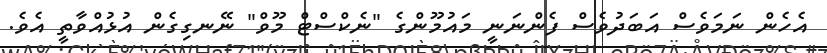
އެހެން ނަމަވެސް އަބަދުވެސް ފެންނަނީ މައުމޫންގެ "ނެކްސްޓް މޫވް" ނޭނގިގެން އުޅުއްވާތީ އެވެ.